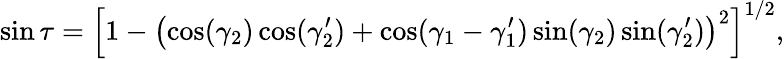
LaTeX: \sin\tau=\left[1-\left(\cos(\gamma_{2})\cos(\gamma_{2}^{\prime})+\cos(\gamma_{1}-\gamma_{1}^{\prime})\sin(\gamma_{2})\sin(\gamma_{2}^{\prime})\right)^{2}\right]^{1/2},